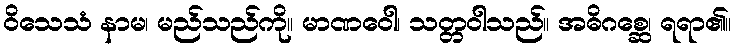
ဝိသေသံ နာမ၊ မည်သည်ကို။ မာဏဝေါ၊ သတ္တဝါသည်။ အဓိဂစ္ဆေ၊ ရရာ၏။